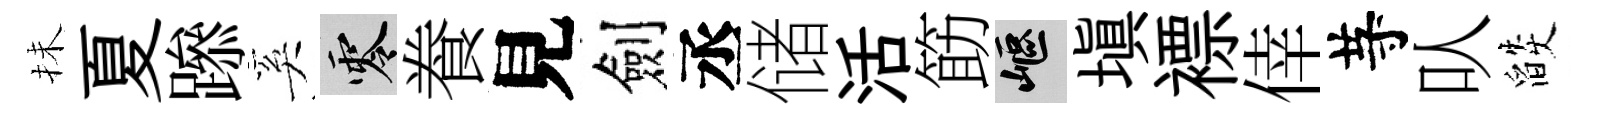
抺夏𨅶奚零飬見劍丞储活筯嶇塡褾倖䒭㕥燄